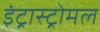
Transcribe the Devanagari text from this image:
इंट्रास्ट्रोमल